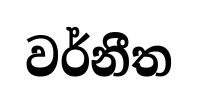
වර්නීත